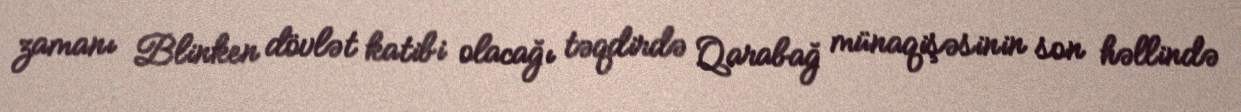
zamanı Blinken dövlət katibi olacağı təqdirdə Qarabağ münaqişəsinin son həllində